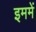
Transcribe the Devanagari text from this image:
इममें